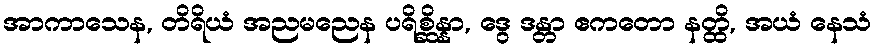
အာကာသေန, တိရိယံ အညမညေန ပရိစ္ဆိန္နာ, ဒွေ ဒန္တာ ဧကတော နတ္ထိ, အယံ နေသံ